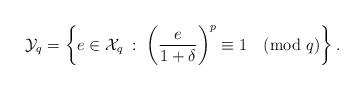
LaTeX: \begin{align*}\mathcal{Y}_q=\left\{ e \in \mathcal{X}_q \; : \; \left(\frac{e}{1+\delta}\right)^p \equiv 1 \pmod{q}\right\}.\end{align*}